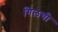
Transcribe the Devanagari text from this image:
गिलची